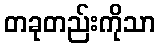
တခုတည်းကိုသာ